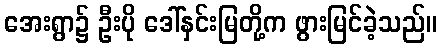
အေးရွာ၌ ဦးပို ဒေါ်နှင်းမြတို့က ဖွားမြင်ခဲ့သည်။